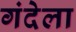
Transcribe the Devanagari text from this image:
गंदेला